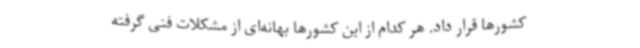
کشورها قرار داد. هر کدام از این کشورها بهانه‌ای از مشکلات فنی گرفته